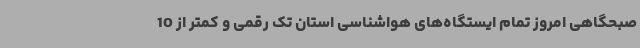
صبحگاهی امروز تمام ایستگاه‌های هواشناسی استان تک رقمی و کمتر از 10